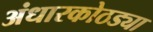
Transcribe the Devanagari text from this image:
अंधारकोठड्या